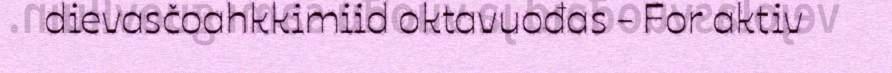
dievasčoahkkimiid oktavuođas - For aktiv